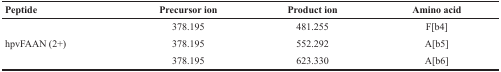
<table><thead><tr><td><b>Peptide</b></td><td><b>Precursor ion</b></td><td><b>Product ion</b></td><td><b>Amino acid</b></td></tr></thead><tbody><tr><td rowspan="3">hpvFAAN (2+)</td><td>378.195</td><td>481.255</td><td>F[b4]</td></tr><tr><td>378.195</td><td>552.292</td><td>A[b5]</td></tr><tr><td>378.195</td><td>623.330</td><td>A[b6]</td></tr></tbody></table>